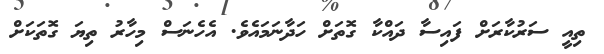
ތިއީ ސަރުކާރަށް ފައިސާ ދައްކާ ގޮތަށް ހަދާނަމައެވެ. އެހެނަސް މިހާރު ތިޔަ ގޮތަކަށް